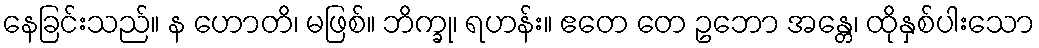
နေခြင်းသည်။ န ဟောတိ၊ မဖြစ်။ ဘိက္ခု၊ ရဟန်း။ ဧတေ တေ ဥဘော အန္တေ၊ ထိုနှစ်ပါးသော